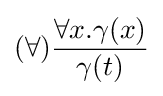
(\forall ){\frac {\forall x.\gamma (x)}{\gamma (t)}}